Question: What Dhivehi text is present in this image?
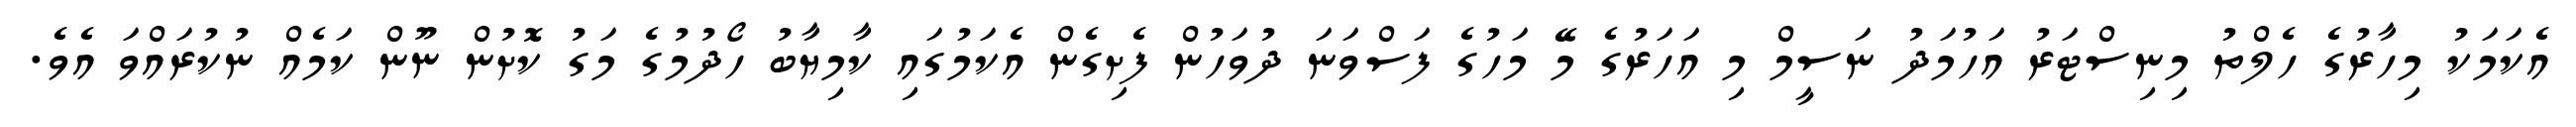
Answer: އެކަމަކު މިހާރުގެ ހެލްތު މިނިސްޓަރު އަހުމަދު ނަސީމް މި އަހަރުގެ މޭ މަހުގެ ފަސްވަނަ ދުވަހުން ފެށިގެން އެކަމުގައި ކާމިޔާބު ހޯދުމުގެ މަގު ކޮށުން ނޫން ކަމެއް ނުކުރައްވަ އެވެ.